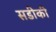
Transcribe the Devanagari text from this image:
सडीकी